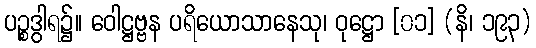
ပဉ္စဒွါရ၌။ ဝေါဋ္ဌဗ္ဗန ပရိယောသာနေသု၊ ဝုဋ္ဌော [၀၁] (နိ၊ ၁၉၃)